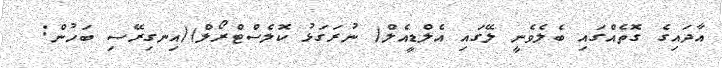
އާދައިގެ ގޮތެއްގައި ބެލެވެނީ ލޭގައި އެލްޑީއެލް( ނުރަގަޅު ކޮލެސްޓްރޯލް)(އިނގިރޭސި ބަހުން: